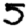
Digit: 5